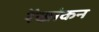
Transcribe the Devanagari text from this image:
रेंखांकन